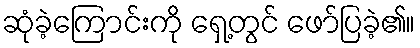
ဆုံခဲ့ကြောင်းကို ရှေ့တွင် ဖော်ပြခဲ့၏။